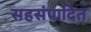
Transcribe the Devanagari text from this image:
सहसंपादित